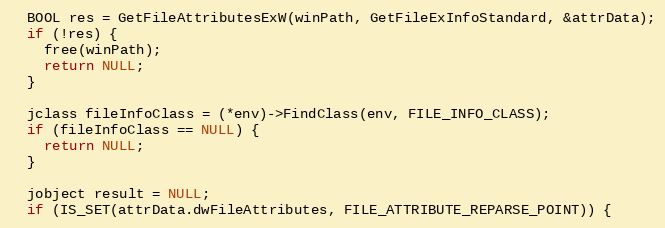
Language: C
  BOOL res = GetFileAttributesExW(winPath, GetFileExInfoStandard, &attrData);
  if (!res) {
    free(winPath);
    return NULL;
  }

  jclass fileInfoClass = (*env)->FindClass(env, FILE_INFO_CLASS);
  if (fileInfoClass == NULL) {
    return NULL;
  }

  jobject result = NULL;
  if (IS_SET(attrData.dwFileAttributes, FILE_ATTRIBUTE_REPARSE_POINT)) {